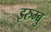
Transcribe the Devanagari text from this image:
इरुम्बु